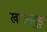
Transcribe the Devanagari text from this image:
खाजागुड़ा